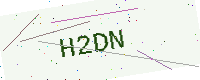
Text: H2DN